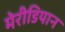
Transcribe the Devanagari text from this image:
मेरीडियान